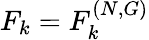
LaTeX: F_{k}=F_{k}^{(N,G)}